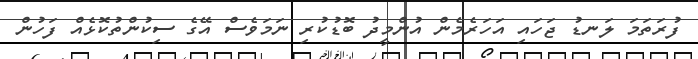
ފުރަތަމަ ލަނޑު ޖަހައި އަހަރެމެން އުންމީދު ބޮޑުކުރި ނަމަވެސް އޭގެ ސިކުންތުކޮޅެއް ފަހުން